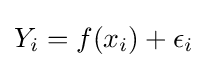
Y_{i}=f(x_{i})+\epsilon _{i}